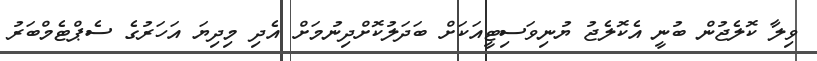
ވިލާ ކޮލެޖުން ބުނީ އެކޮލެޖު ޔުނިވަސިޓީއަކަށް ބަދަލުކޮށްދިނުމަށް އެދި މިދިޔަ އަހަރުގެ ސެޕްޓެމްބަރު